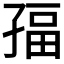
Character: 𭓏